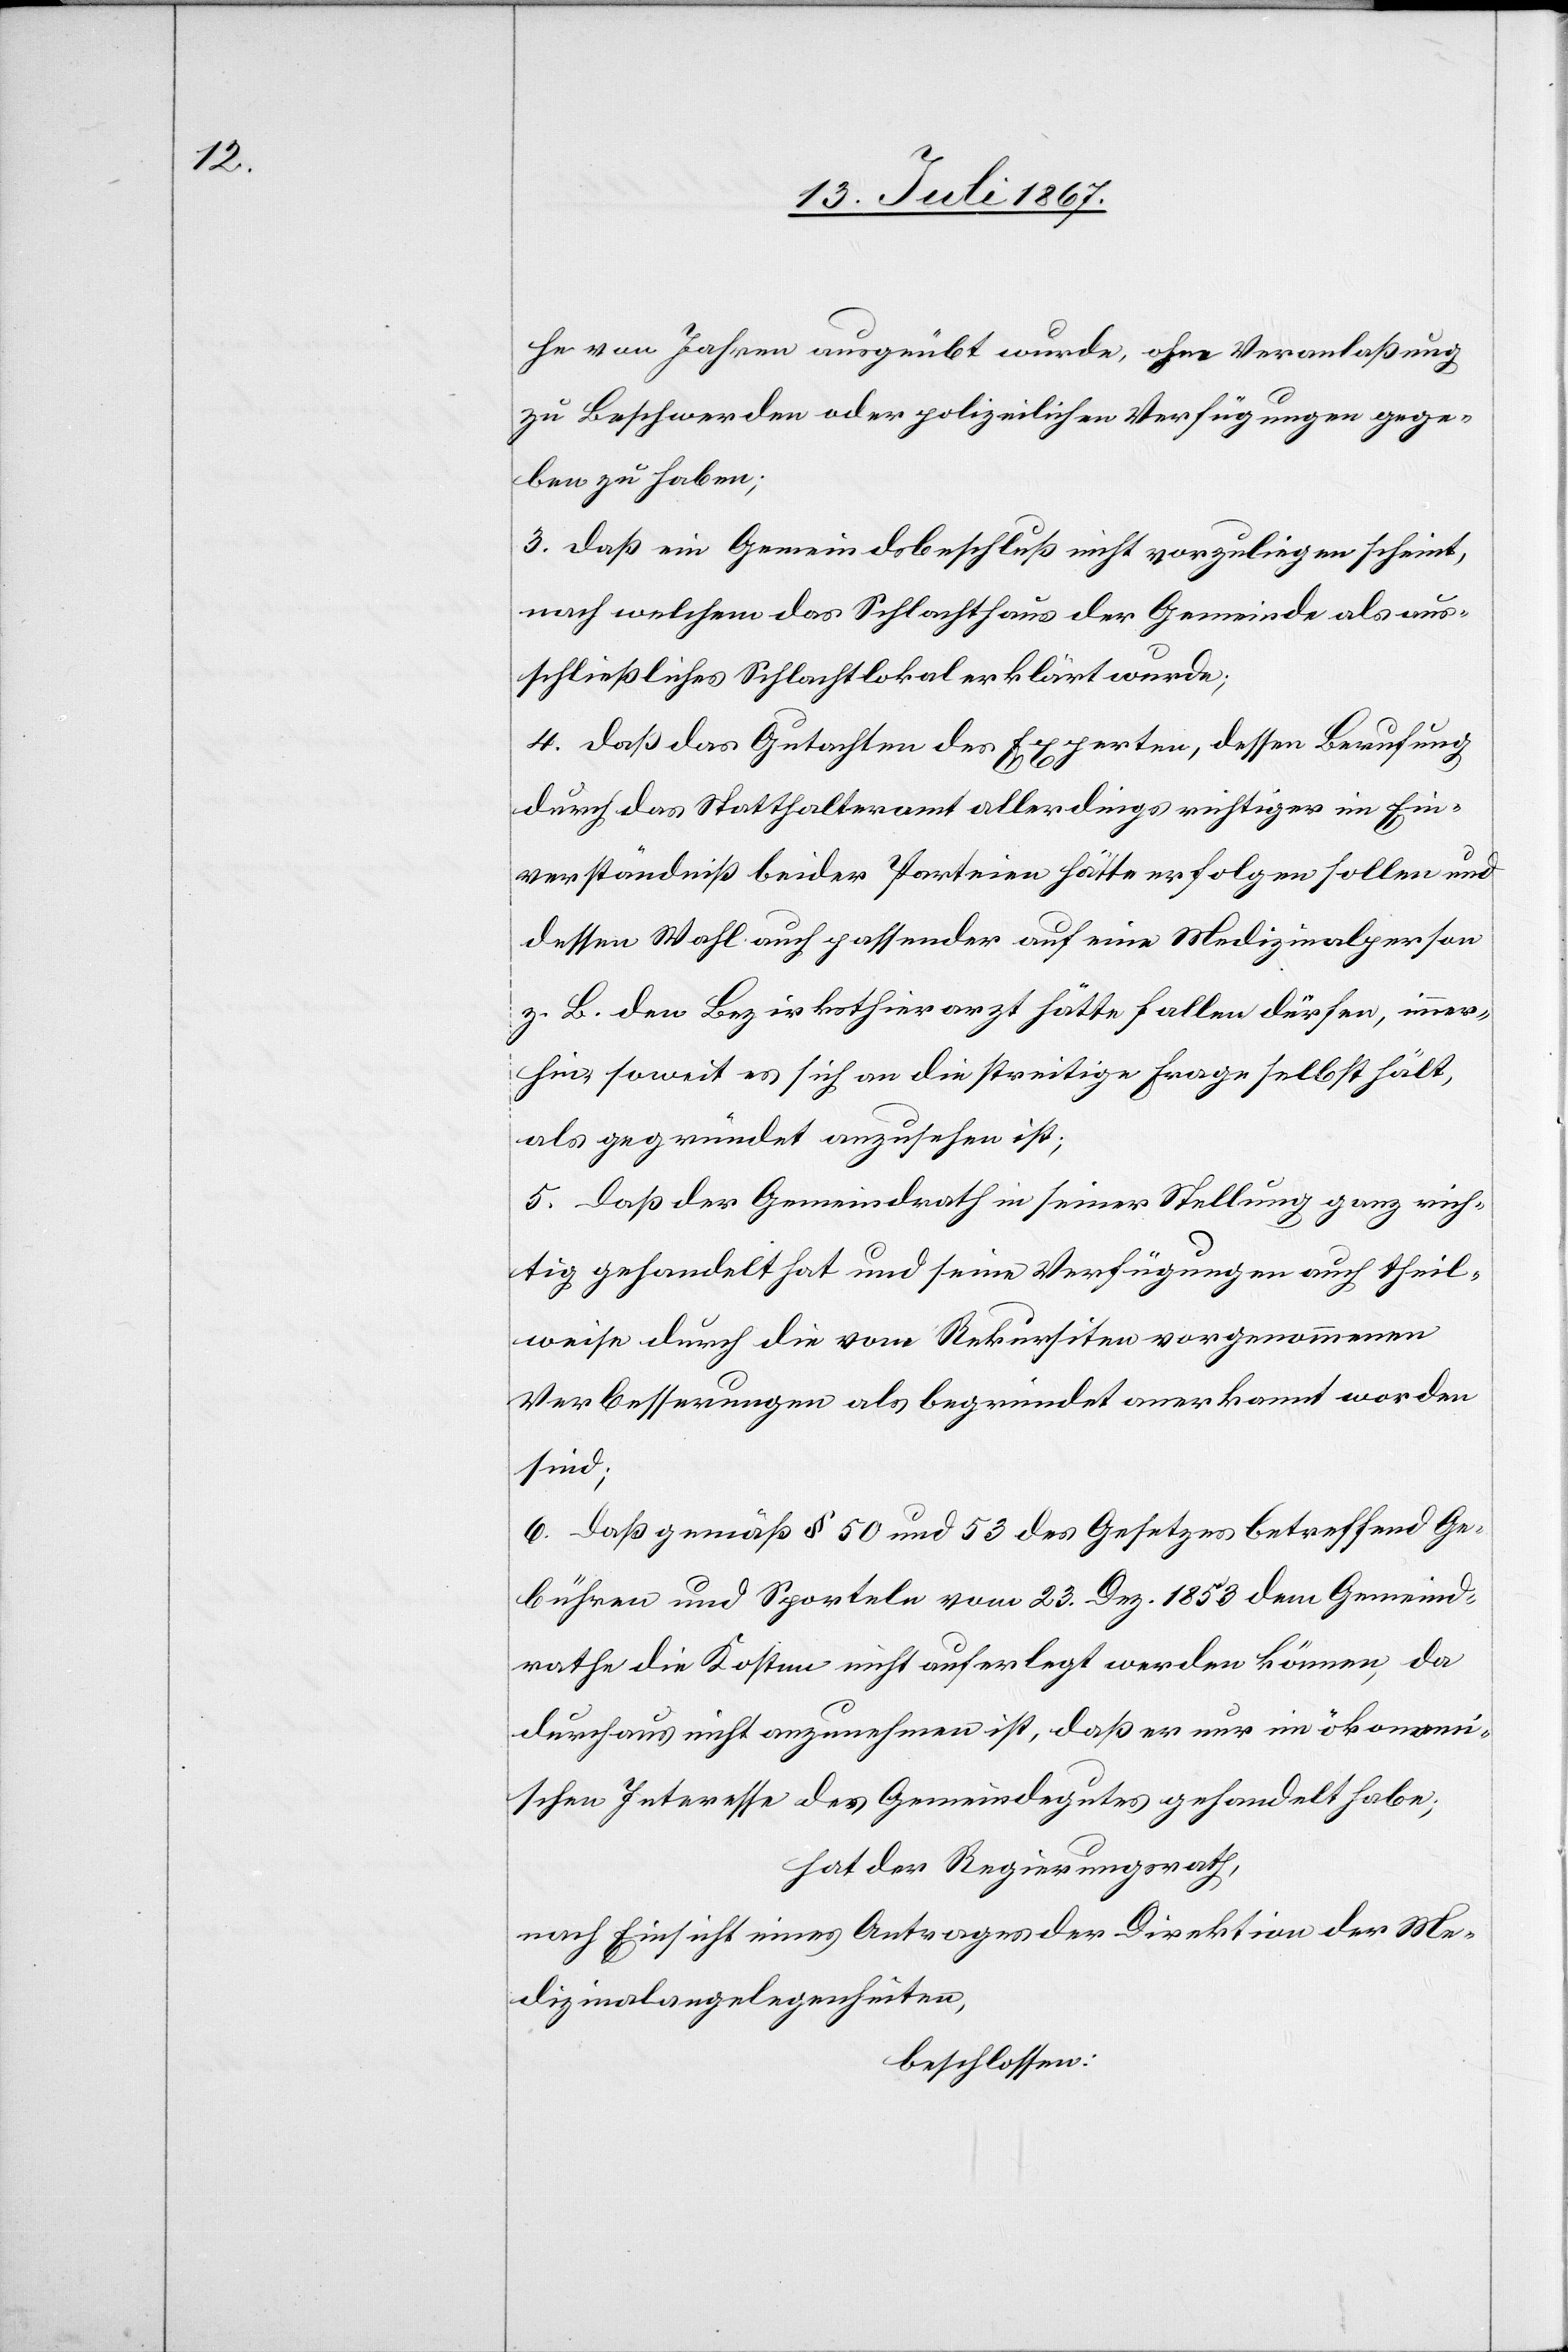
he von Jahren ausgeübt wurde, ohne Veranlaßung
zu Beschwerden oder polizeilichen Verfügungen gege¬
ben zu haben.
3. daß ein Gemeindsbeschluß nicht vorzuliegen scheint,
nach welchem das Schlachthaus der Gemeinde als aus¬
schließliches Schlachtlokal erklärt wurde;
4. daß das Gutachten des Experten, dessen Berufung
durch das Statthalteramt allerdings richtiger im Ein¬
verständniß beider Parteien hätte erfolgen sollen und
dessen Wahl auch passender auf eine Medizinalperson
z. B. den Bezirksthierarzt hätte fallen dürfen, immer¬
hin soweit es sich an die streitige Frage selbst hält,
als gegründet anzusehen ist;
5. daß der Gemeindrath in seiner Stellung ganz rich¬
tig gehandelt hat und seine Verfügungen auch theil¬
weise durch die vom Rekursiten vorgenommenen
Verbesserungen als begründet anerkannt worden
sind;
6. daß gemäß § 50 und 53 des Gesetzes betreffend Ge¬
bühren und Sporteln vom 23. Dez. 1853 dem Gemeind¬
rathe die Kosten nicht auferlegt werden können, da
durchaus nicht anzunehmen ist, daß er nur im ökonomi¬
schen Interesse des Gemeindegutes gehandelt habe;
hat der Regierungsrath,
nach Einsicht eines Antrages der Direktion der Me¬
dizinalangelegenheiten,
beschlossen: